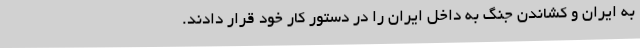
به ایران و کشاندن جنگ به داخل ایران را در دستور کار خود قرار دادند.